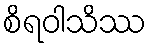
စိရဝါသိဿ